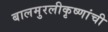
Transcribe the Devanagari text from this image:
बालमुरलीकृष्णांची